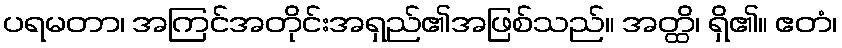
ပရမတာ၊ အကြင်အတိုင်းအရှည်၏အဖြစ်သည်။ အတ္ထိ၊ ရှိ၏။ ဧတံ၊